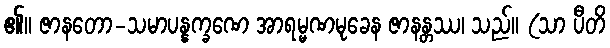
၏။ ဇာနတော-သမာပန္နက္ခဏေ အာရမ္မဏမုခေန ဇာနန္တဿ၊ သည်။ (သာ ပီတိ